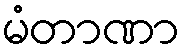
မံတာဏာ